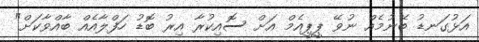
އަޅުގަނޑު ބޭނުމެއް ނުވޭ ޕީޕީއެމް އަށް ސޮއިކުރާ އިރު ބޮޑު ހަފްލާއެއް ބާއްވާކަށް"